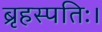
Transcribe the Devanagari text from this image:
ब्रृहस्पतिः।